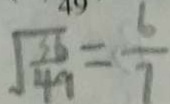
\sqrt { \frac { 3 6 } { 4 9 } } = \frac { 6 } { 7 }